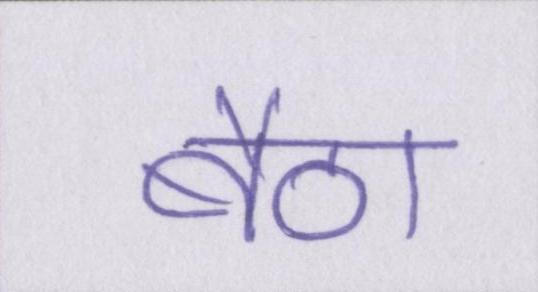
बैठा